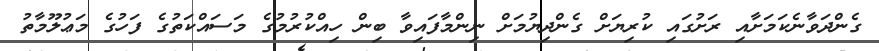
ގެންދަވާނެކަމަށާއި ރަށުގައި ކުރިޔަށް ގެންދިޔުމަށް ނިންމާފައިވާ ބިން ހިއްކުރުމުގެ މަސައްކަތުގެ ފަހުގެ މަޢުލޫމާތު